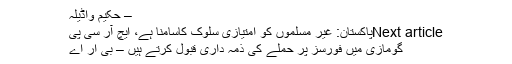
– حکیم واڈیلہ
Next articleپاکستان: غیر مسلموں کو امتیازی سلوک کاسامنا ہے، ایچ آر سی پی
گومازی میں فورسز پر حملے کی ذمہ داری قبول کرتے ہیں – بی آر اے